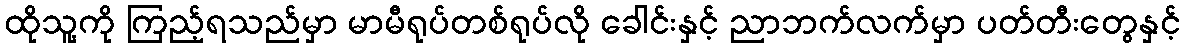
ထိုသူ့ကို ကြည့်ရသည်မှာ မာမီရုပ်တစ်ရုပ်လို ခေါင်းနှင့် ညာဘက်လက်မှာ ပတ်တီးတွေနှင့်